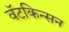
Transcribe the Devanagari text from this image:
वॅटकिन्सन